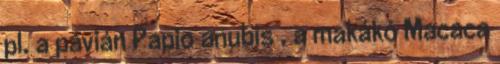
pl. a pávián Papio anubis , a makákó Macaca